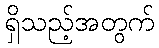
ရှိသည့်အတွက်